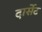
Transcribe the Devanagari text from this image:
दार्सेट